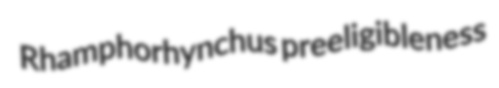
Rhamphorhynchus preeligibleness